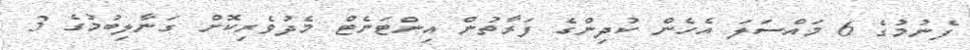
ފެނުމުގެ 6 މައްސަލަ އެހެން ކުދިންގެ ފަރާތުން އިންޓަނެޓް މެދުވެރިކޮށް ގަނާލިބުމުގެ 3